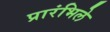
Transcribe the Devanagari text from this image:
प्रारंभिले